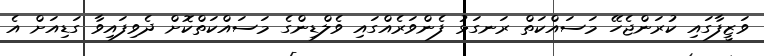
ވަޒީފާގައި ކުރަންޖެހޭ މަސައްކަތް ރަނގަޅު ފެންވަރެއްގައި ވެލްޑިންގެ މަސައްކަތްކޮށް ދެވިފައިވާ ގަޑިއަށް އެ